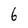
Character: 6